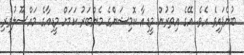
ބުނެފައިވެ އެވެ. އޭގެ އިތުރުން މީޑިއާ ކޮމިޝަންގެ މެންބަރު ކަމަށް މީޑިއާގެ މައްސޫލުވެރި